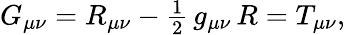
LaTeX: \begin{array}{r}{G_{\mu\nu}=R_{\mu\nu}-\frac{1}{2}\, g_{\mu\nu}\, R=T_{\mu\nu},}\end{array}